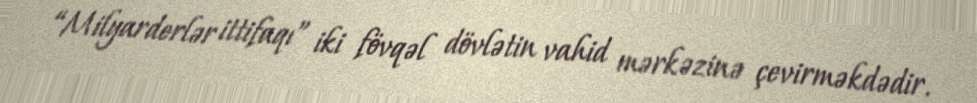
“Milyarderlər ittifaqı” iki fövqəl dövlətin vahid mərkəzinə çevirməkdədir.